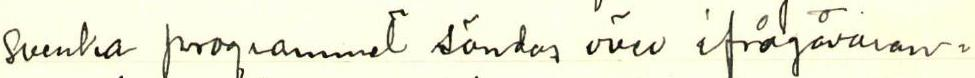
Svenska programmet sändas över ifrågåvaran-